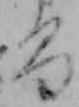
る